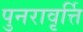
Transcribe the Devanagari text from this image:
पुनरावृर्त्ति